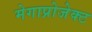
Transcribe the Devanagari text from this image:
मेगाप्रोजेक्ट